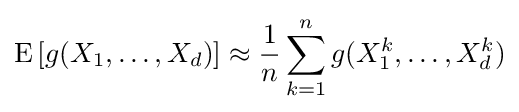
\operatorname {E} \left[g(X_{1},\dots ,X_{d})\right]\approx {\frac {1}{n}}\sum _{k=1}^{n}g(X_{1}^{k},\dots ,X_{d}^{k})